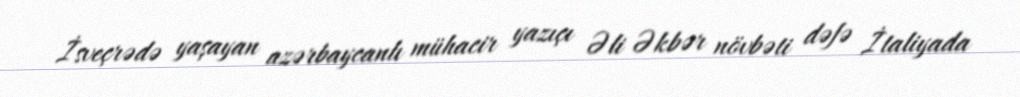
İsveçrədə yaşayan azərbaycanlı mühacir yazıçı Əli Əkbər növbəti dəfə İtaliyada